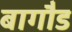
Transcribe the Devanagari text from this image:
बागौड